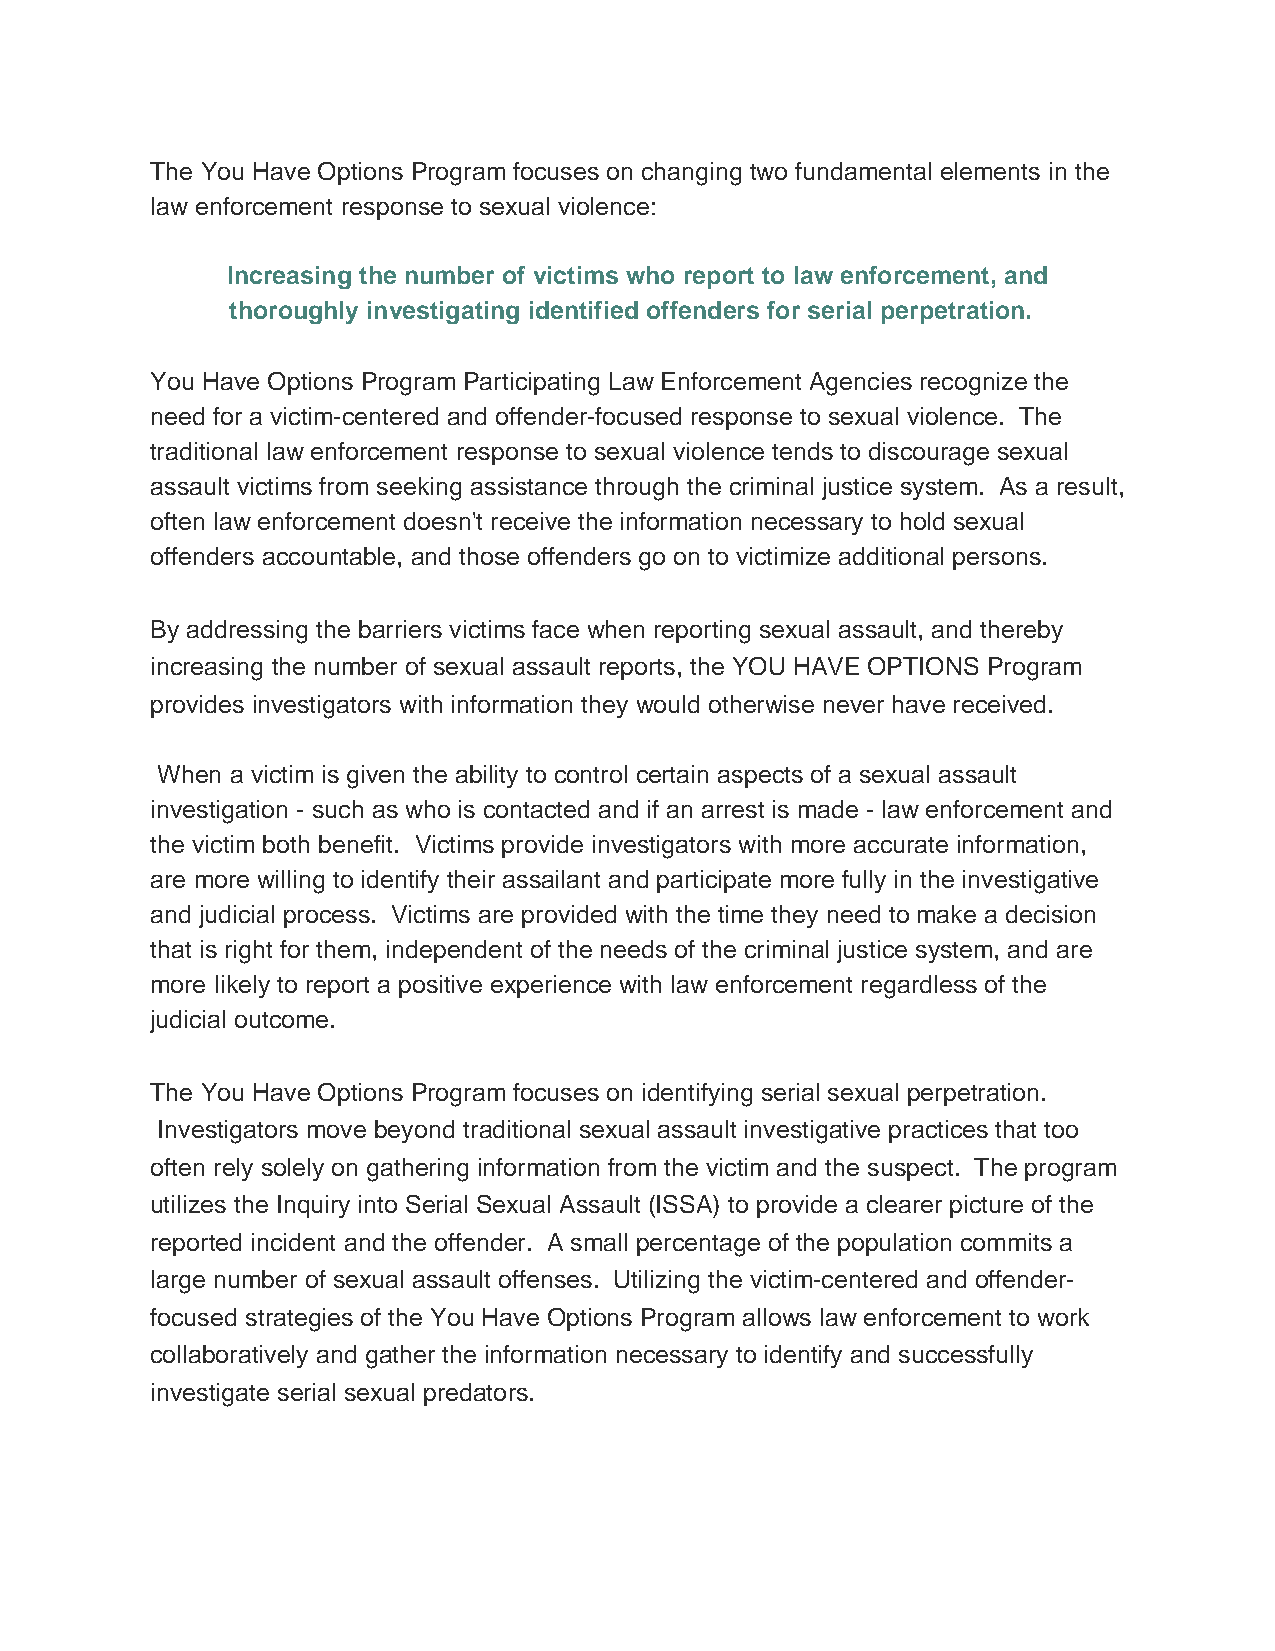
The You Have Options Program focuses on changing two fundamental elements in the
 law enforcement response to sexual violence:
 Increasing the number of victims who report to law enforcement, and
 thoroughly investigating identified offenders for serial perpetration.
 You Have Options Program Participating Law Enforcement Agencies recognize the
 need for a victim-centered and offender-focused response to sexual violence. The
 traditional law enforcement response to sexual violence tends to discourage sexual
 assault victims from seeking assistance through the criminal justice system. As a result,
 often law enforcement doesn't receive the information necessary to hold sexual
 offenders accountable, and those offenders go on to victimize additional persons.
 By addressing the barriers victims face when reporting sexual assault, and thereby
 increasing the number of sexual assault reports, the YOU HAVE OPTIONS Program
 provides investigators with information they would otherwise never have received.
 When a victim is given the ability to control certain aspects of a sexual assault
 investigation - such as who is contacted and if an arrest is made - law enforcement and
 the victim both benefit. Victims provide investigators with more accurate information,
 are more willing to identify their assailant and participate more fully in the investigative
 and judicial process. Victims are provided with the time they need to make a decision
 that is right for them, independent of the needs of the criminal justice system, and are
 more likely to report a positive experience with law enforcement regardless of the
 judicial outcome.
 The You Have Options Program focuses on identifying serial sexual perpetration.
 Investigators move beyond traditional sexual assault investigative practices that too
 often rely solely on gathering information from the victim and the suspect. The program
 utilizes the Inquiry into Serial Sexual Assault (ISSA) to provide a clearer picture of the
 reported incident and the offender. A small percentage of the population commits a
 large number of sexual assault offenses. Utilizing the victim-centered and offender-
 focused strategies of the You Have Options Program allows law enforcement to work
 collaboratively and gather the information necessary to identify and successfully
 investigate serial sexual predators.